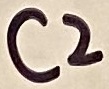
Text: C2